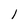
Character: 1